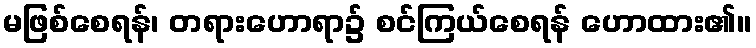
မဖြစ်စေရန်၊ တရားဟောရာ၌ စင်ကြယ်စေရန် ဟောထား၏။